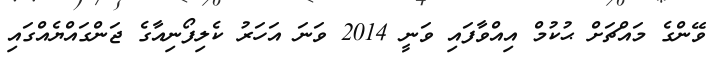
ވޭންގެ މައްޗަށް ޙުކުމް އިއްވާފައި ވަނީ 2014 ވަނަ އަހަރު ކެލިފޯނިއާގެ ޖަންގައްޔެއްގައި